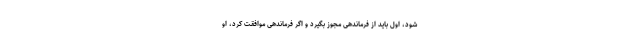
شود، اول باید از فرماندهی مجوز بگیرد و اگر فرماندهی موافقت کرد، او